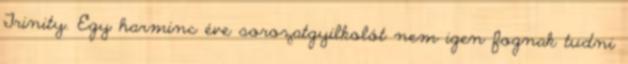
Trinity. Egy harminc éve sorozatgyilkolót nem igen fognak tudni